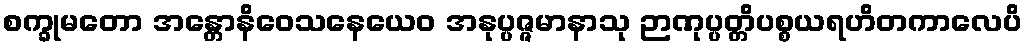
စက္ခုမတော အန္တောနိဝေသနေယေဝ အနုပ္ပဇ္ဇမာနာသု ဉာဏုပ္ပတ္တိပစ္စယရဟိတကာလေပိ